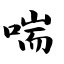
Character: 喘